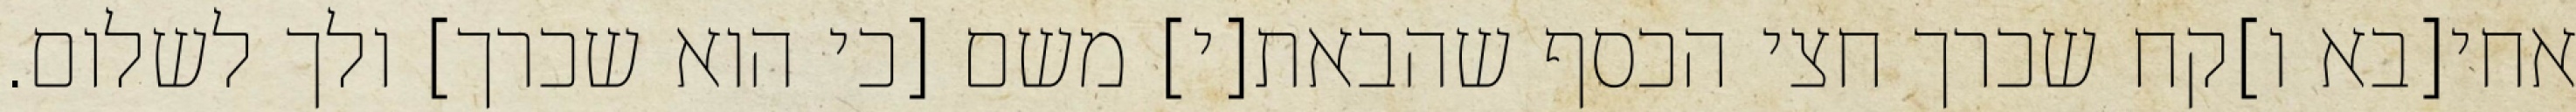
אחי[בא ו]קח שכרך חצי הכסף שהבאת[י] משם [כי הוא שכרך] ולך לשלום.